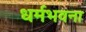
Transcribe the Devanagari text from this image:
धर्मभवना